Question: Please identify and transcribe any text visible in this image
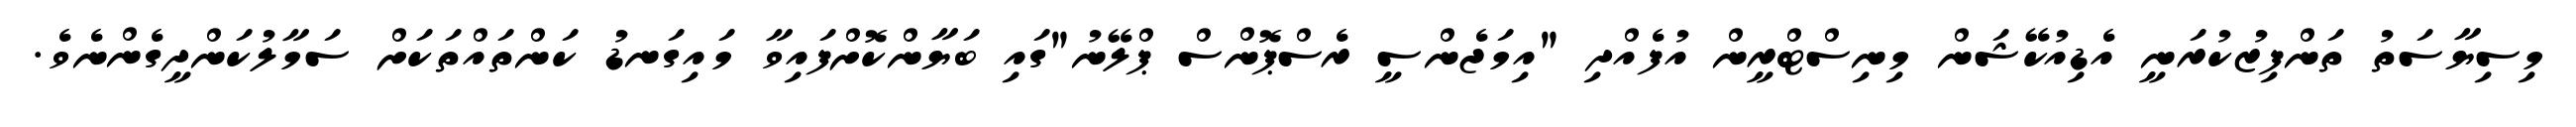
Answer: މިސިޔާސަތު ތަންފިޒުކުރަނީ އެޑިއުކޭޝަން މިނިސްޓްރީން އުފެއްދި "އިމަޖެންސީ ރެސްޕޮންސް ޕްލޭނު"ގައި ބަޔާންކޮށްފައިވާ މައިގަނޑު ކަންތައްތަކަށް ސަމާލުކަންދީގެންނެވެ.